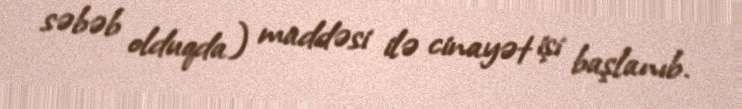
səbəb olduqda) maddəsi ilə cinayət işi başlanıb.